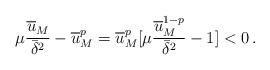
LaTeX: \begin{align*}\mu \frac{\overline{u}_M}{\bar{\delta}^2} - \overline{u}_M^p = \overline{u}_M^p [\mu \frac{\overline{u}_M^{1-p}}{\bar{\delta}^2} - 1]<0\,.\end{align*}